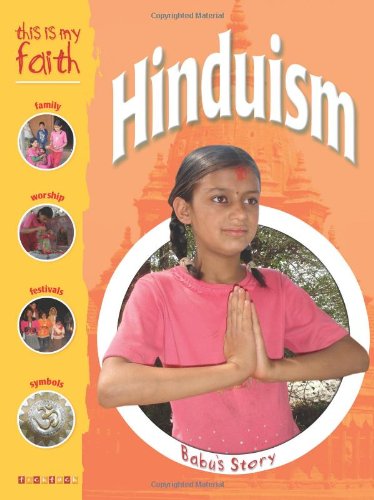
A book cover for Hinduism (This Is My Faith) (This Is My Faith); Anita Ganeri; Children's Books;